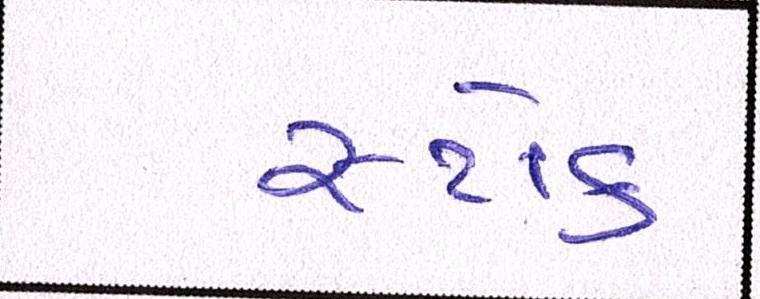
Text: સ્ટોક